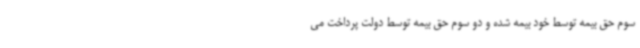
سوم حق بیمه توسط خود بیمه شده و دو سوم حق بیمه توسط دولت پرداخت می